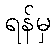
ရန်မှ